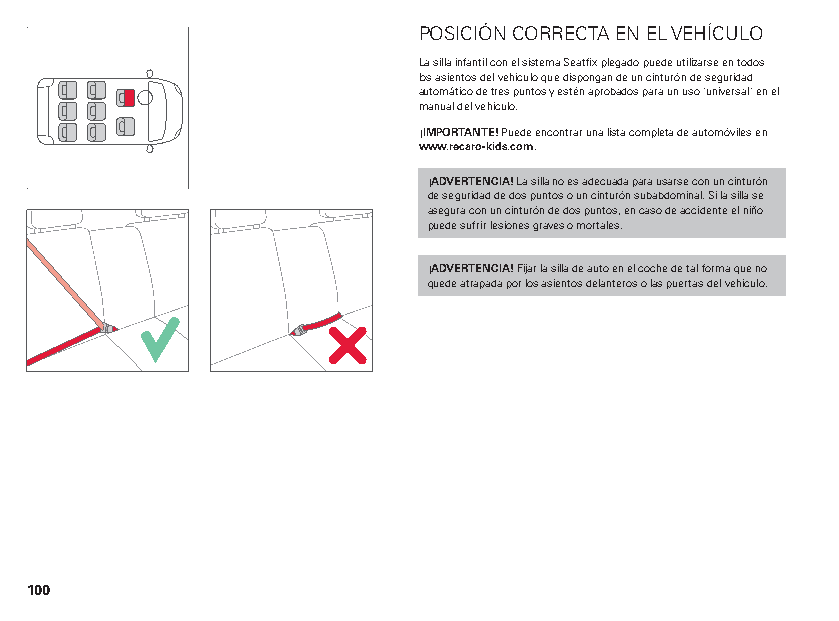
POSICIÓN CORRECTA EN EL VEHÍCULO
 La silla infantil con el sistema Seatfix plegado puede utilizarse en todos
 los asientos del vehículo que dispongan de un cinturón de seguridad
 automático de tres puntos y estén aprobados para un uso "universal" en el
 manual del vehículo.
 ¡IMPORTANTE! Puede encontrar una lista completa de automóviles en
 www.recaro-kids.com.
 ¡ADVERTENCIA! La silla no es adecuada para usarse con un cinturón
 de seguridad de dos puntos o un cinturón subabdominal. Si la silla se
 asegura con un cinturón de dos puntos, en caso de accidente el niño
 puede sufrir lesiones graves o mortales.
 ¡ADVERTENCIA! Fijar la silla de auto en el coche de tal forma que no
 quede atrapada por los asientos delanteros o las puertas del vehículo.
 100